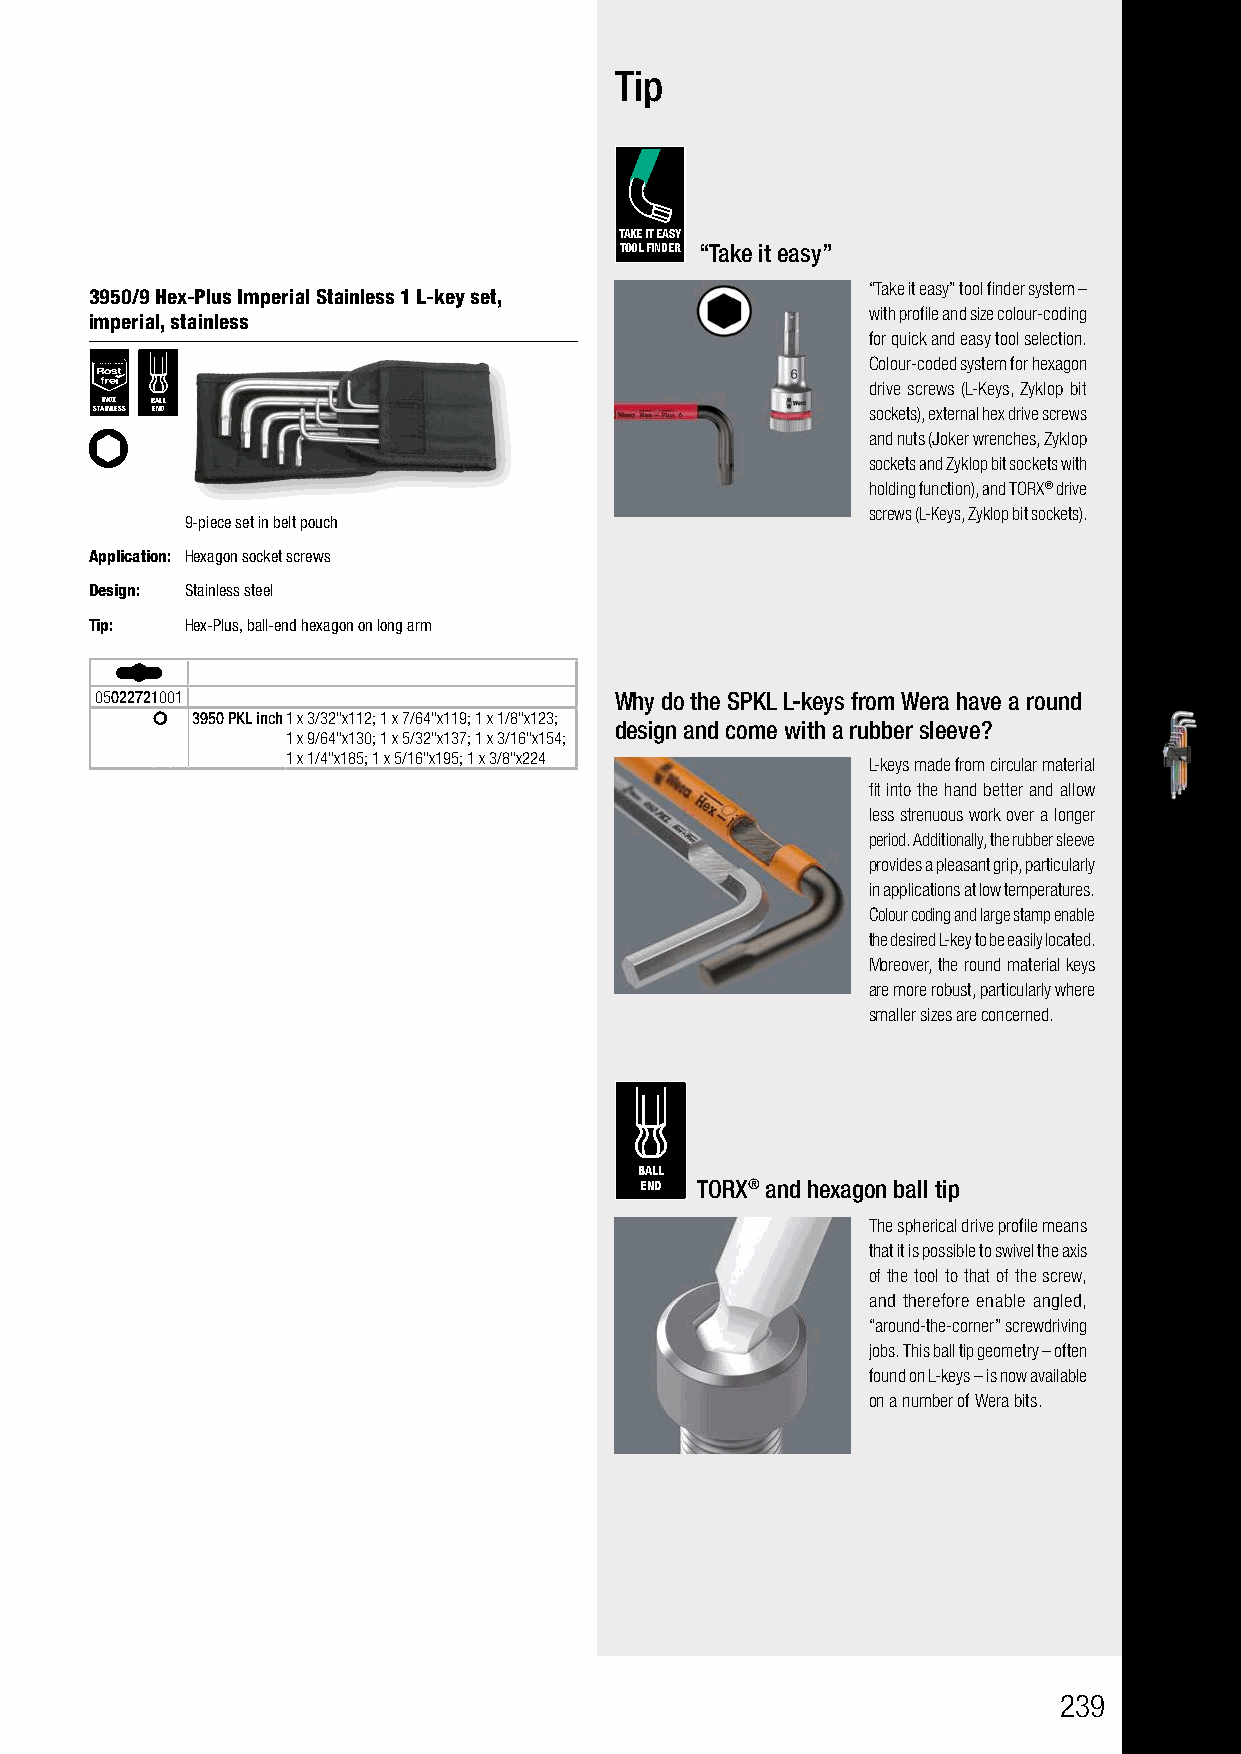
Tip
 TAKE IT EASY
 TOOL FINDER “Take it easy”
 “Take it easy” tool finder system –
 3950/9 Hex-Plus Imperial Stainless 1 L-key set,
 with profile and size colour-coding
 imperial, stainless
 for quick and easy tool selection.
 Colour-coded system for hexagon
 drive screws (L-Keys, Zyklop bit
 INOX BALL
 STAINLESS END                                      sockets), external hex drive screws
 and nuts (Joker wrenches, Zyklop
 sockets and Zyklop bit sockets with
 holding function), and TORX® drive
 screws (L-Keys, Zyklop bit sockets).
 9-piece set in belt pouch
 Application: Hexagon socket screws
 Design: Stainless steel
 Tip:  Hex-Plus, ball-end hexagon on long arm
 05022721001                        Why do the SPKL L-keys from Wera have a round
 3950 PKL inch1 x 3/32"x112; 1 x 7/64"x119; 1 x 1/8"x123;
 design and come with a rubber sleeve?
 1 x 9/64"x130; 1 x 5/32"x137; 1 x 3/16"x154;
 1 x 1/4"x185; 1 x 5/16"x195; 1 x 3/8"x224
 L-keys made from circular material
 fit into the hand better and allow
 less strenuous work over a longer
 period. Additionally, the rubber sleeve
 provides a pleasant grip, particularly
 in applications at low temperatures.
 Colour coding and large stamp enable
 the desired L-key to be easily located.
 Moreover, the round material keys
 are more robust, particularly where
 smaller sizes are concerned.
 BALL
 END TORX® and hexagon ball tip
 The spherical drive profile means
 that it is possible to swivel the axis
 of the tool to that of the screw,
 and therefore enable angled,
 “around-the-corner” screwdriving
 jobs. This ball tip geometry – often
 found on L-keys – is now available
 on a number of Wera bits.
 239